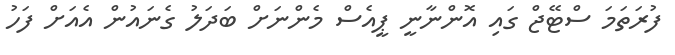
ފުރަތަމަ ސްޓޭޖް ގައި އޮންނާނީ ޕީއެސް މެންނަށް ބަދަލު ގެނައުން އެއަށް ފަހު